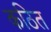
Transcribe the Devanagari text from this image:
कठित